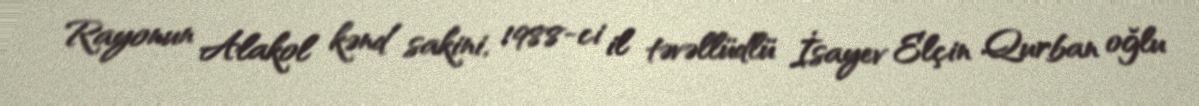
Rayonun Alakol kənd sakini, 1988-ci il təvəllüdlü İsayev Elçin Qurban oğlu